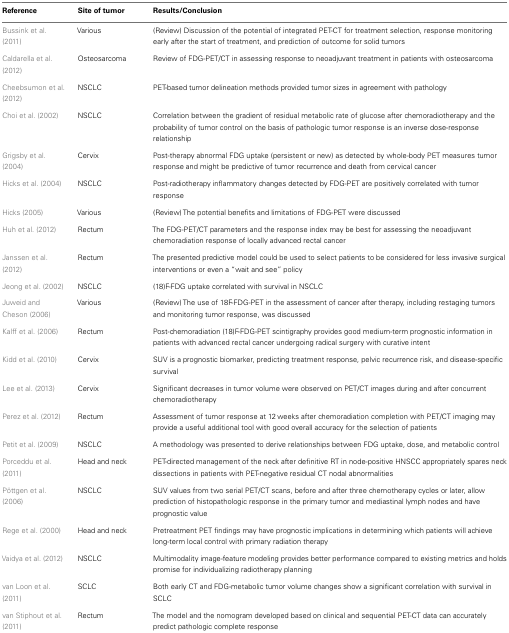
<table><thead><tr><td><b>Reference</b></td><td><b>Site of tumor</b></td><td><b>Results/Conclusion</b></td></tr></thead><tbody><tr><td>Bussink et al. (2011)</td><td>Various</td><td>(Review) Discussion of the potential of integrated PET-CT for treatment selection, response monitoring early after the start of treatment, and prediction of outcome for solid tumors</td></tr><tr><td>Caldarella et al. (2012)</td><td>Osteosarcoma</td><td>Review of FDG-PET/CT in assessing response to neoadjuvant treatment in patients with osteosarcoma</td></tr><tr><td>Cheebsumon et al. (2012)</td><td>NSCLC</td><td>PET-based tumor delineation methods provided tumor sizes in agreement with pathology</td></tr><tr><td>Choi et al. (2002)</td><td>NSCLC</td><td>Correlation between the gradient of residual metabolic rate of glucose after chemoradiotherapy and the probability of tumor control on the basis of pathologic tumor response is an inverse dose-response relationship</td></tr><tr><td>Grigsby et al. (2004)</td><td>Cervix</td><td>Post-therapy abnormal FDG uptake (persistent or new) as detected by whole-body PET measures tumor response and might be predictive of tumor recurrence and death from cervical cancer</td></tr><tr><td>Hicks et al. (2004)</td><td>NSCLC</td><td>Post-radiotherapy inflammatory changes detected by FDG-PET are positively correlated with tumor response</td></tr><tr><td>Hicks (2005)</td><td>Various</td><td>(Review) The potential benefits and limitations of FDG-PET were discussed</td></tr><tr><td>Huh et al. (2012)</td><td>Rectum</td><td>The FDG-PET/CT parameters and the response index may be best for assessing the neoadjuvant chemoradiation response of locally advanced rectal cancer</td></tr><tr><td>Janssen et al. (2012)</td><td>Rectum</td><td>The presented predictive model could be used to select patients to be considered for less invasive surgical interventions or even a “wait and see” policy</td></tr><tr><td>Jeong et al. (2002)</td><td>NSCLC</td><td>(18)F-FDG uptake correlated with survival in NSCLC</td></tr><tr><td>Juweid and Cheson (2006)</td><td>Various</td><td>(Review) The use of 18F-FDG-PET in the assessment of cancer after therapy, including restaging tumors and monitoring tumor response, was discussed</td></tr><tr><td>Kalff et al. (2006)</td><td>Rectum</td><td>Post-chemoradiation (18)F-FDG-PET scintigraphy provides good medium-term prognostic information in patients with advanced rectal cancer undergoing radical surgery with curative intent</td></tr><tr><td>Kidd et al. (2010)</td><td>Cervix</td><td>SUV is a prognostic biomarker, predicting treatment response, pelvic recurrence risk, and disease-specific survival</td></tr><tr><td>Lee et al. (2013)</td><td>Cervix</td><td>Significant decreases in tumor volume were observed on PET/CT images during and after concurrent chemoradiotherapy</td></tr><tr><td>Perez et al. (2012)</td><td>Rectum</td><td>Assessment of tumor response at 12 weeks after chemoradiation completion with PET/CT imaging may provide a useful additional tool with good overall accuracy for the selection of patients</td></tr><tr><td>Petit et al. (2009)</td><td>NSCLC</td><td>A methodology was presented to derive relationships between FDG uptake, dose, and metabolic control</td></tr><tr><td>Porceddu et al. (2011)</td><td>Head and neck</td><td>PET-directed management of the neck after definitive RT in node-positive HNSCC appropriately spares neck dissections in patients with PET-negative residual CT nodal abnormalities</td></tr><tr><td>Pöttgen et al. (2006)</td><td>NSCLC</td><td>SUV values from two serial PET/CT scans, before and after three chemotherapy cycles or later, allow prediction of histopathologic response in the primary tumor and mediastinal lymph nodes and have prognostic value</td></tr><tr><td>Rege et al. (2000)</td><td>Head and neck</td><td>Pretreatment PET findings may have prognostic implications in determining which patients will achieve long-term local control with primary radiation therapy</td></tr><tr><td>Vaidya et al. (2012)</td><td>NSCLC</td><td>Multimodality image-feature modeling provides better performance compared to existing metrics and holds promise for individualizing radiotherapy planning</td></tr><tr><td>van Loon et al. (2011)</td><td>SCLC</td><td>Both early CT and FDG-metabolic tumor volume changes show a significant correlation with survival in SCLC</td></tr><tr><td>van Stiphout et al. (2011)</td><td>Rectum</td><td>The model and the nomogram developed based on clinical and sequential PET-CT data can accurately predict pathologic complete response</td></tr></tbody></table>